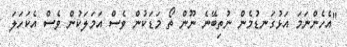
"އެހެންނަމަ އަޅުގަނޑުމެން ނުތިބޭނެ ނޫން ތޯ މަޑަކުން ވެސް އަމަލަކުން ވެސް އެކަހަލަ